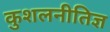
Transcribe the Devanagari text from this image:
कुशलनीतिज्ञ